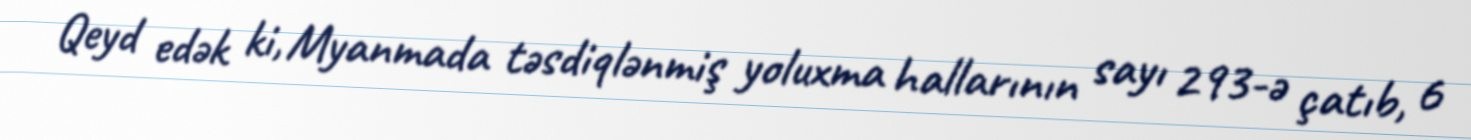
Qeyd edək ki, Myanmada təsdiqlənmiş yoluxma hallarının sayı 293-ə çatıb, 6